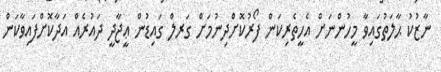
ނާޒުކު ޙާލަތުގައިވާ މީހުންނަށް އެހީތެރިކަން ފޯރުކޮށްދިނުމަށް ގަރލް ގައިޑުން ޢީޖާދީ ދައުރެއް އަދާކޮށްފައިވާކަން